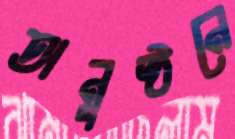
অনুষ্ঠনে